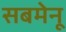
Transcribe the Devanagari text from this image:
सबमेनू